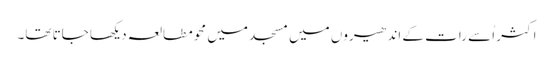
اکثر اُسے رات کے اندھیروں میں مسجد میں محو مطالعہ دیکھا جاتا تھا۔